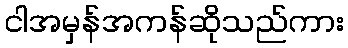
ငါအမှန်အကန်ဆိုသည်ကား